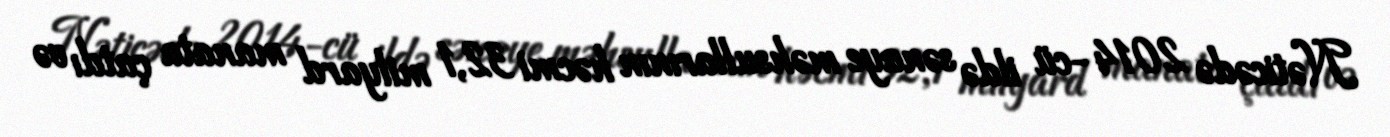
Nəticədə 2014-cü ildə sənaye məhsullarının həcmi 32,1 milyard manata çatdı və